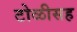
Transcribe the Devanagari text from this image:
टोळीसह